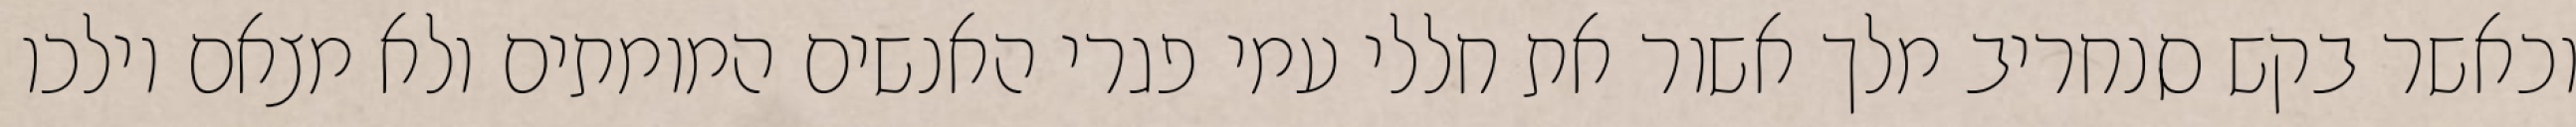
וכאשר בקש סנחריב מלך אשור את חללי עמי פגרי האנשים המומתים ולא מצאם וילכו